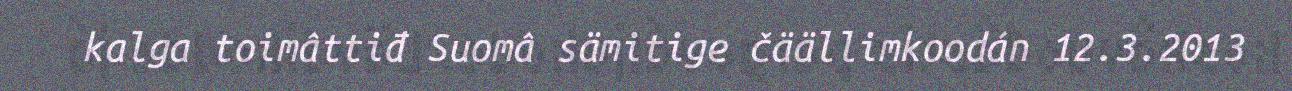
kalga toimâttiđ Suomâ sämitige čäällimkoodán 12.3.2013